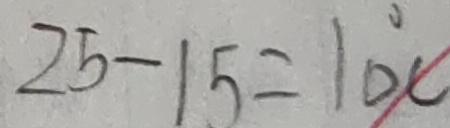
2 5 - 1 5 = 1 0 ^ { \circ } C